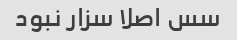
سس اصلا سزار نبود